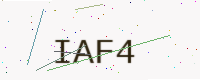
Text: IAF4